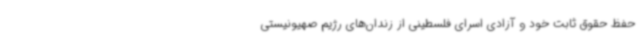
حفظ حقوق ثابت خود و آزادی اسرای فلسطینی از زندان‌های رژیم صهیونیستی